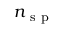
n _ { \mathrm { ~ s ~ p ~ } }